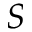
S